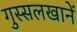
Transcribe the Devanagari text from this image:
गुस्सलखानें